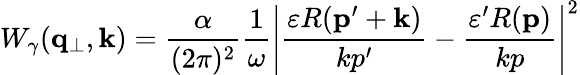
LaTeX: W_{\gamma}({\mathbf q_{\perp}},{\mathbf k})=\frac{\alpha}{(2\pi)^{2}}\frac{1}{\omega}\left|\frac{\varepsilon R({\mathbf p}^{\prime}+{\mathbf k})}{kp^{\prime}}-\frac{\varepsilon^{\prime}R({\mathbf p})}{kp}\right|^{2}